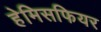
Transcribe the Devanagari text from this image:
हेमिसफियर